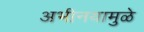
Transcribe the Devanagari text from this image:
अभीनयामुळे